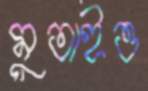
মুতাইও